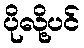
ပိုလို့ပင်